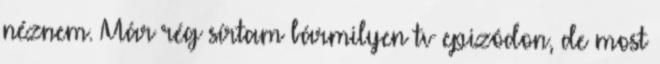
néznem. Már rég sírtam bármilyen tv epizódon, de most